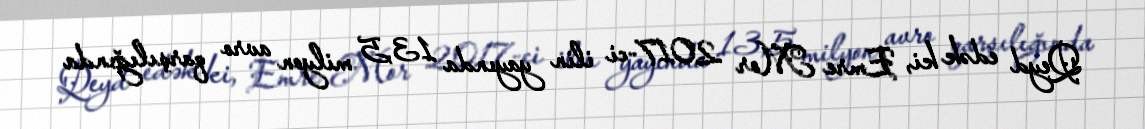
Qeyd edək ki, Emre Mor 2017-ci ilin yayında 13,5 milyon avro qarşılığında